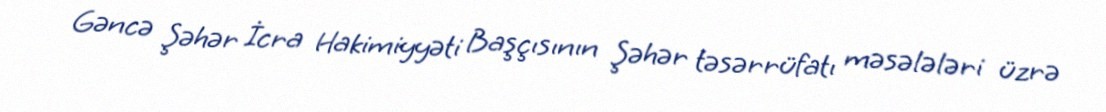
Gəncə Şəhər İcra Hakimiyyəti Başçısının Şəhər təsərrüfatı məsələləri üzrə